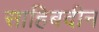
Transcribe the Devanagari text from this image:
साहिबदीन